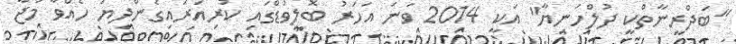
"ބަދްރީނާތްކީ ދުލްހަނިޔާ" އަކީ 2014 ވަނަ އަހަރު ބޮލީވުޑްގައި ކުރިއަރައިގެންދިޔަ ހެއްވާ މަޖާ